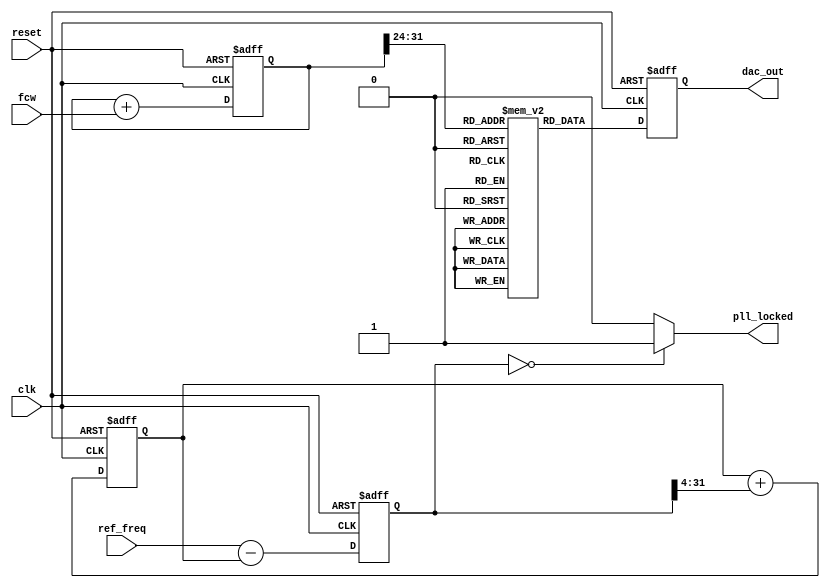
module dds_pll (
    input wire clk,                // System clock
    input wire reset,              // Reset signal
    input wire [31:0] fcw,         // Frequency Control Word
    input wire [15:0] ref_freq,    // Reference frequency for PLL
    output reg [11:0] dac_out,     // Output to DAC
    output wire pll_locked          // PLL locked signal
);

// Phase Accumulator
reg [31:0] phase_accumulator;
wire [31:0] phase_next;
wire [11:0] lut_out;

// Lookup Table (LUT) for sine wave
reg [11:0] sine_lut [0:255]; // Example LUT size for 256 entries

// PLL Components
reg [31:0] vco_frequency;      // VCO frequency
reg [31:0] phase_error;        // Phase error for PLL
reg [31:0] vco_output;         // VCO output frequency

// Phase Accumulator Logic
always @(posedge clk or posedge reset) begin
    if (reset) begin
        phase_accumulator <= 32'b0;
    end else begin
        phase_accumulator <= phase_next;
    end
end

assign phase_next = phase_accumulator + fcw;

// Lookup Table (LUT) Initialization
initial begin
    // Initialize the sine LUT with pre-computed values
    // Example values for a sine wave
    sine_lut[0] = 12'h800;  // 0 degrees
    sine_lut[1] = 12'h8FF;  // 1 degree
    // Fill in the rest of the sine values...
    sine_lut[255] = 12'h800; // 360 degrees
end

// LUT Output Logic
assign lut_out = sine_lut[phase_accumulator[31:24]]; // Use upper bits for indexing

// Output to DAC
always @(posedge clk or posedge reset) begin
    if (reset) begin
        dac_out <= 12'b0;
    end else begin
        dac_out <= lut_out;
    end
end

// PLL Logic (Simple Implementation)
always @(posedge clk or posedge reset) begin
    if (reset) begin
        vco_frequency <= 32'b0;
        phase_error <= 32'b0;
    end else begin
        // Simple phase detector (comparing VCO output with reference frequency)
        phase_error <= ref_freq - vco_frequency;

        // Adjust VCO frequency based on phase error (simple integral control)
        vco_frequency <= vco_frequency + (phase_error >> 4); // Adjust step size as needed

        // Example VCO output generation
        vco_output <= vco_frequency; // Update VCO output
    end
end

// PLL Lock Detection (simple example)
assign pll_locked = (phase_error == 32'b0) ? 1'b1 : 1'b0;

endmodule